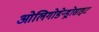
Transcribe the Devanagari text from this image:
ओलिगोडेन्ड्रोसाइट